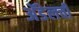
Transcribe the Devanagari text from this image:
अॅडेलची